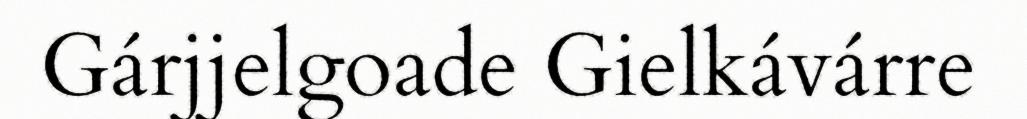
Gárjjelgoade Gielkávárre